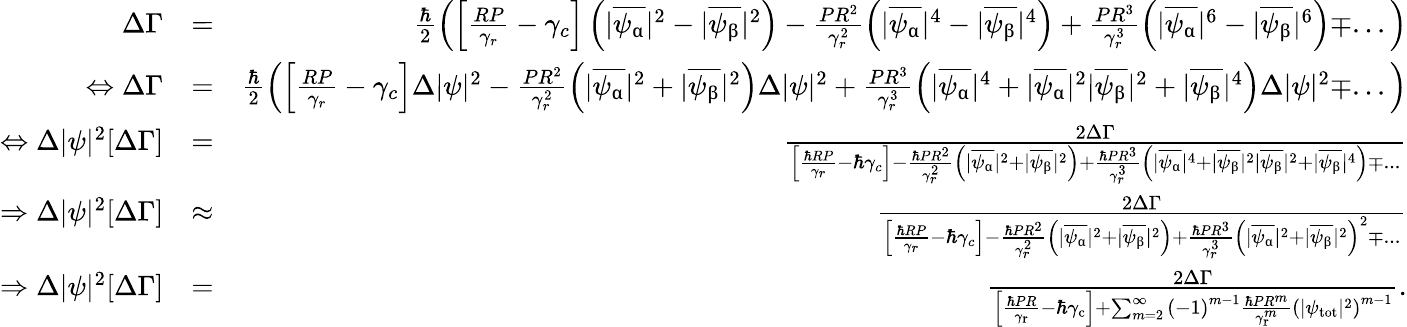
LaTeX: \begin{array}{rlr}{\Delta\Gamma}&{=}&{\frac{\hbar}{2}\left(\left[\frac{RP}{\gamma_{r}}-\gamma_{c}\right]\left(|\overline{{\psi_{\upalpha}}}|^{2}-|\overline{{\psi_{\upbeta}}}|^{2}\right)-\frac{PR^{2}}{\gamma_{r}^{2}}\left(|\overline{{\psi_{\upalpha}}}|^{4}-|\overline{{\psi_{\upbeta}}}|^{4}\right)+\frac{PR^{3}}{\gamma_{r}^{3}}\left(|\overline{{\psi_{\upalpha}}}|^{6}-|\overline{{\psi_{\upbeta}}}|^{6}\right)\mp...\right)}\\ {\Leftrightarrow\Delta\Gamma}&{=}&{\frac{\hbar}{2}\left(\left[\frac{RP}{\gamma_{r}}-\gamma_{c}\right]\Delta|\psi|^{2}-\frac{PR^{2}}{\gamma_{r}^{2}}\left(|\overline{{\psi_{\upalpha}}}|^{2}+|\overline{{\psi_{\upbeta}}}|^{2}\right)\Delta|\psi|^{2}+\frac{PR^{3}}{\gamma_{r}^{3}}\left(|\overline{{\psi_{\upalpha}}}|^{4}+|\overline{{\psi_{\upalpha}}}|^{2}|\overline{{\psi_{\upbeta}}}|^{2}+|\overline{{\psi_{\upbeta}}}|^{4}\right)\Delta|\psi|^{2}\mp...\right)}\\ {\Leftrightarrow\Delta|\psi|^{2}[\Delta\Gamma]}&{=}&{\frac{2\Delta\Gamma}{\left[\frac{\hbar RP}{\gamma_{r}}-\hbar\gamma_{c}\right]-\frac{\hbar PR^{2}}{\gamma_{r}^{2}}\left(|\overline{{\psi_{\upalpha}}}|^{2}+|\overline{{\psi_{\upbeta}}}|^{2}\right)+\frac{\hbar PR^{3}}{\gamma_{r}^{3}}\left(|\overline{{\psi_{\upalpha}}}|^{4}+|\overline{{\psi_{\upbeta}}}|^{2}|\overline{{\psi_{\upbeta}}}|^{2}+|\overline{{\psi_{\upbeta}}}|^{4}\right)\mp...}}\\ {\Rightarrow\Delta|\psi|^{2}[\Delta\Gamma]}&{\approx}&{\frac{2\Delta\Gamma}{\left[\frac{\hbar RP}{\gamma_{r}}-\hbar\gamma_{c}\right]-\frac{\hbar PR^{2}}{\gamma_{r}^{2}}\left(|\overline{{\psi_{\upalpha}}}|^{2}+|\overline{{\psi_{\upbeta}}}|^{2}\right)+\frac{\hbar PR^{3}}{\gamma_{r}^{3}}\left(|\overline{{\psi_{\upalpha}}}|^{2}+|\overline{{\psi_{\upbeta}}}|^{2}\right)^{2}\mp...}}\\ {\Rightarrow\Delta|\psi|^{2}[\Delta\Gamma]}&{=}&{\frac{2\Delta\Gamma}{\left[\frac{\hbar PR}{\gamma_{\mathrm{r}}}-\hbar\gamma_{\mathrm{c}}\right]+\sum_{m=2}^{\infty}\left(-1\right)^{m-1}\frac{\hbar PR^{m}}{\gamma_{\mathrm{r}}^{m}}\left(|\psi_{\mathrm{tot}}|^{2}\right)^{m-1}}.}\end{array}